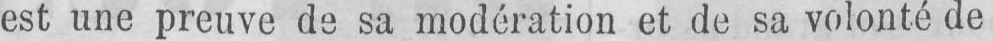
est une preuve de sa modération et de sa volonté de